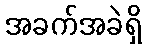
အခက်အခဲရှိ